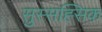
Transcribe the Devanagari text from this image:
सुस्सह्सिक